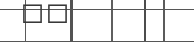
١٠